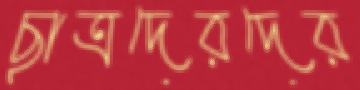
ছাত্রদেরদের